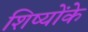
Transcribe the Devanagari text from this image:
शिष्योंके